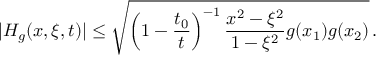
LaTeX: | H _ { g } ( x , \xi , t ) | \leq \sqrt { \left( 1 - \frac { t _ { 0 } } { t } \right) ^ { - 1 } \frac { x ^ { 2 } - \xi ^ { 2 } } { 1 - \xi ^ { 2 } } g ( x _ { 1 } ) g ( x _ { 2 } ) } \, .